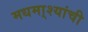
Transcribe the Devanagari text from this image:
मधमा्श्यांची